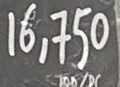
16.750